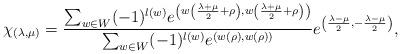
LaTeX: \begin{align*} \chi_{(\lambda,\mu)}= \frac{ \sum_{w\in W}(-1)^{l(w)} e^{\left(w\left(\frac{\lambda+\mu}{2}+\rho\right) ,w\left(\frac{\lambda+\mu}{2}+\rho\right)\right)} } { \sum_{w\in W}(-1)^{l(w)}e^{(w(\rho),w(\rho))} } e^{\left(\frac{\lambda-\mu}{2},-\frac{\lambda-\mu}{2}\right)},\end{align*}